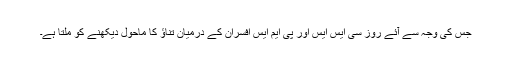
جس کی وجہ سے آئے روز سی ایس ایس اور پی ایم ایس افسران کے درمیان تناؤ کا ماحول دیکھنے کو ملتا ہے۔